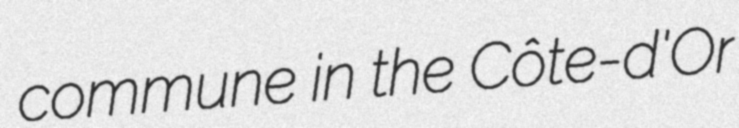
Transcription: commune in the Côte-d'Or